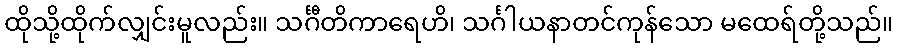
ထိုသို့ထိုက်လျှင်းမူလည်း။ သင်္ဂီတိကာရေဟိ၊ သင်္ဂါယနာတင်ကုန်သော မထေရ်တို့သည်။